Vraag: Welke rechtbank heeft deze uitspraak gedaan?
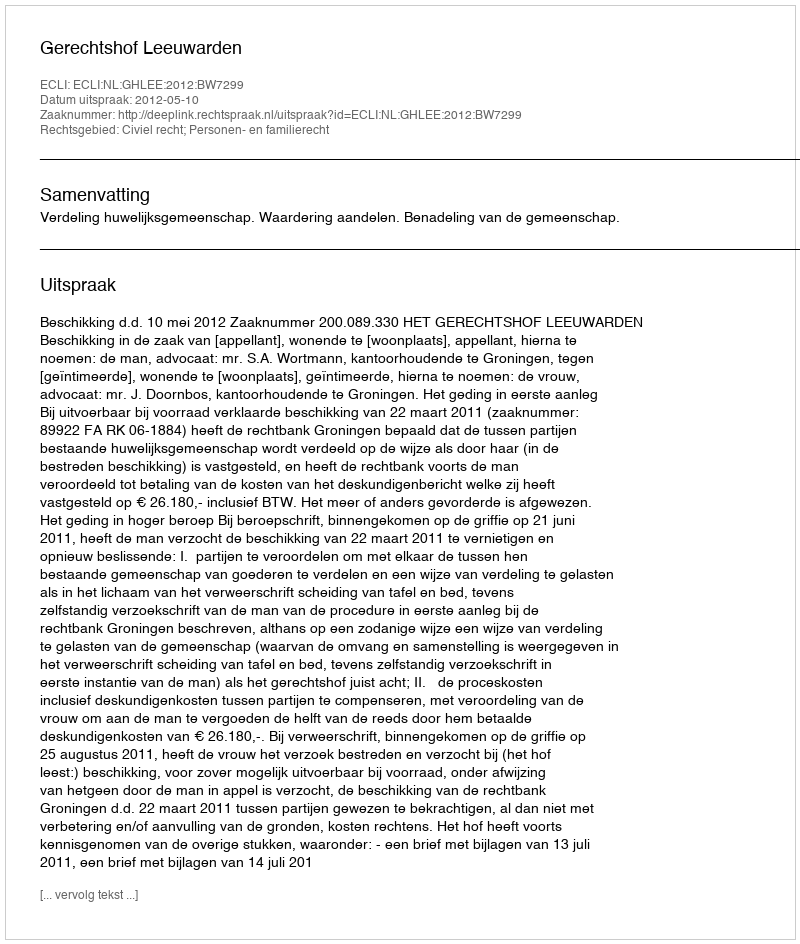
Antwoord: Gerechtshof Leeuwarden